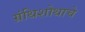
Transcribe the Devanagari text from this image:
ग्रंथिशोथाचे